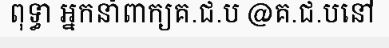
ពុទ្ធា អ្នកនាំពាក្យគ.ជ.ប @គ.ជ.បនៅ